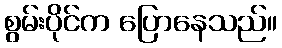
စွမ်းပိုင်က ပြောနေသည်။